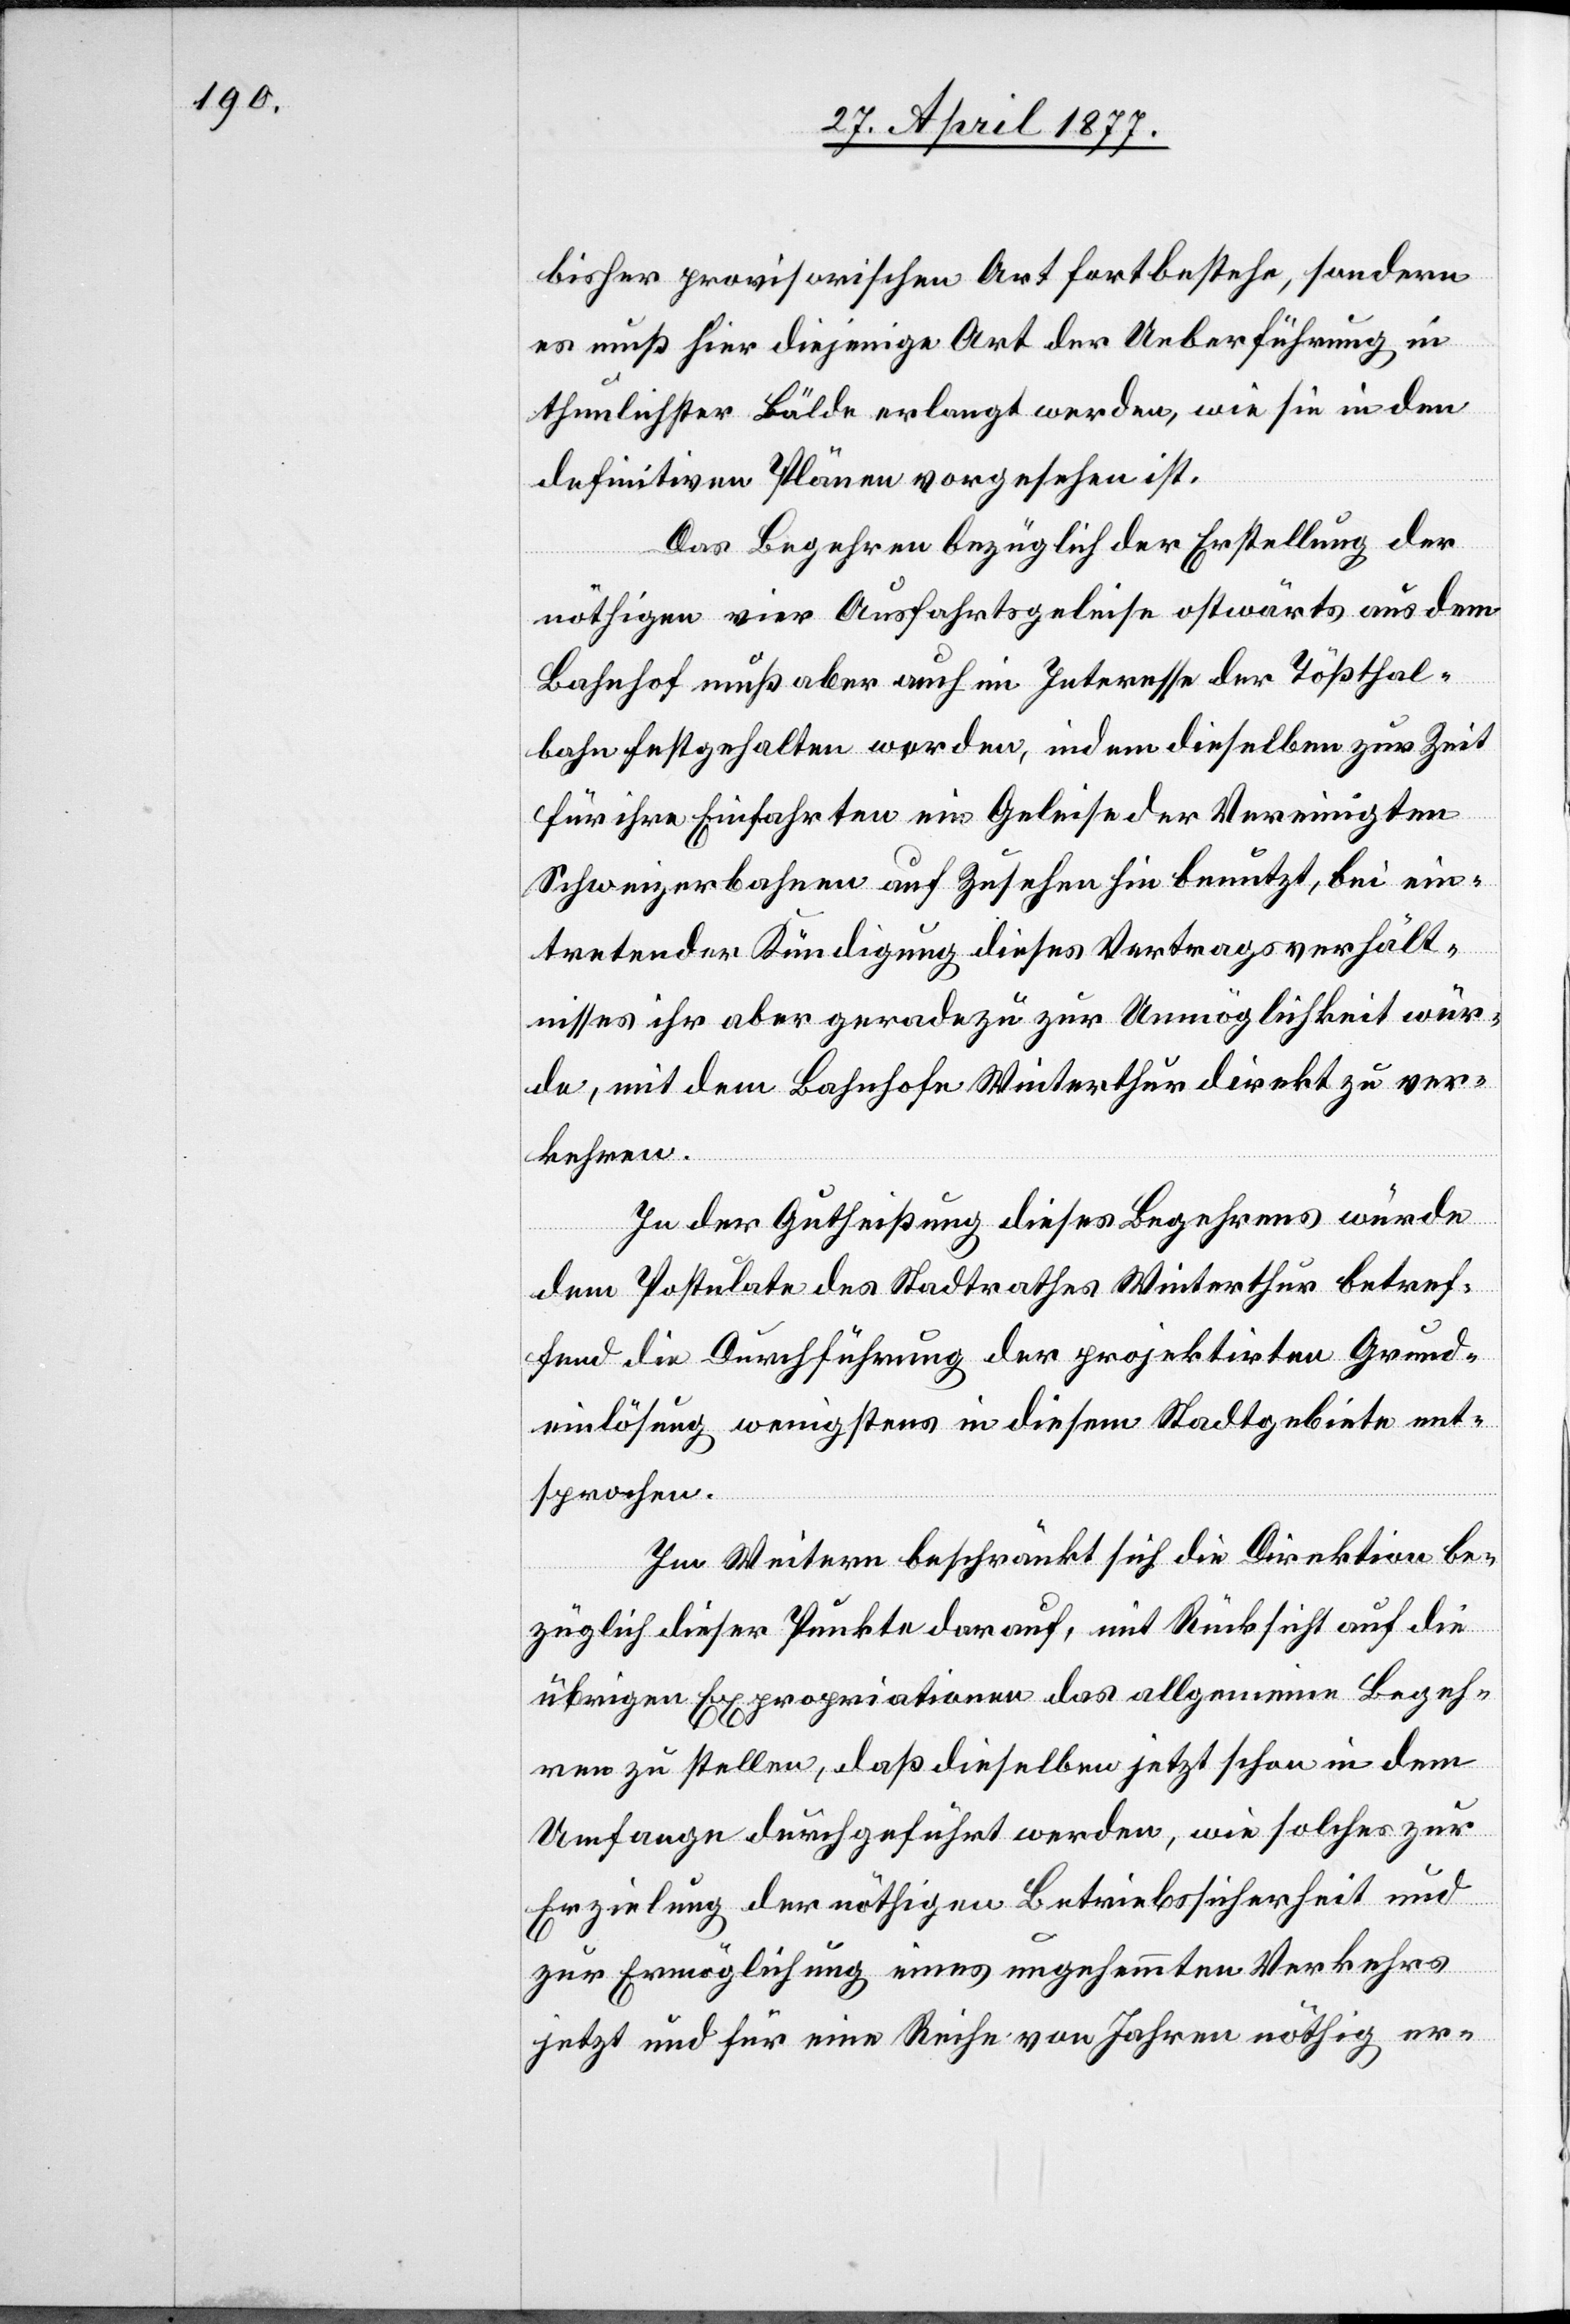
bisher provisorischen Art fortbestehe, sondern
es muß hier diejenige Art der Ueberführung in
thunlichster Bälde erlangt werden, wie sie in den
definitiven Plänen vorgesehen ist.
Das Begehren bezüglich der Erstellung der
nöthigen vier Ausfahrtsgeleise ostwärts aus dem
Bahnhof muß aber auch im Interesse der Tößthal¬
bahn festgehalten werden, indem dieselben zur Zeit
für ihre Einfahrten ein Geleise der Vereinigten
Schweizerbahnen auf Zusehen hin benutzt, bei ein¬
tretender Kündigung dieses Vertragsverhält¬
nisses ihr aber geradezu zur Unmöglichkeit wür¬
de, mit dem Bahnhofe Winterthur direkt zu ver¬
kehren.
In der Gutheißung dieses Begehrens würde
dem Postulate des Stadtrathes Winterthur betref¬
fend die Durchführung der projektirten Grund¬
einlösung wenigstens in diesem Stadtgebiete ent¬
sprochen.
Im Weitern beschränkt sich die Direktion be¬
züglich dieser Punkte darauf, mit Rücksicht auf die
übrigen Expropriationen das allgemeine Begeh¬
ren zu stellen, daß dieselben jetzt schon in dem
Umfange durchgeführt werden, wie solches zur
Erzielung der nöthigen Betriebssicherheit und
zur Ermöglichung eines ungehemmten Verkehrs
jetzt und für eine Reihe von Jahren nöthig er-